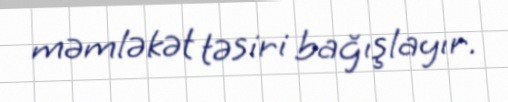
məmləkət təsiri bağışlayır.